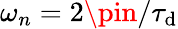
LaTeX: \omega_{n}=2\pin/\tau_{\mathrm{d}}